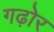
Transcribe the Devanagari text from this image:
गढ़ोर